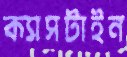
ক্যাসটাইন